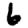
Digit: 6